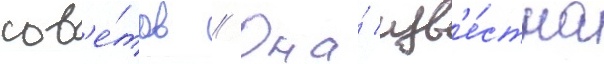
сов'е́тов // Она́ изв'е́стна